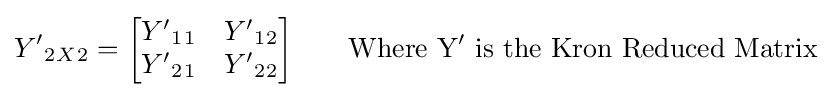
Y'{_{2}}{_{X}}{_{2}}={\begin{bmatrix}Y'{_{1}}{_{1}}&Y'{_{1}}{_{2}}\\Y'{_{2}}{_{1}}&Y'{_{2}}{_{2}}\end{bmatrix}}\qquad \mathrm {Where\ Y'\ is\ the\ Kron\ Reduced\ Matrix}